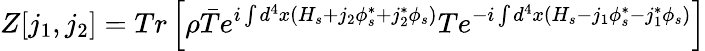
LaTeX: Z[j_{1},j_{2}]=Tr\left[\rho\bar{T}{e^{i\int d^{4}x(H_{s}+j_{2}\phi_{s}^{*}+j_{2}^{*}\phi_{s})}}T{e^{-i\int d^{4}x(H_{s}-j_{1}\phi_{s}^{\ast}-j_{1}^{\ast}\phi_{s})}}\right]